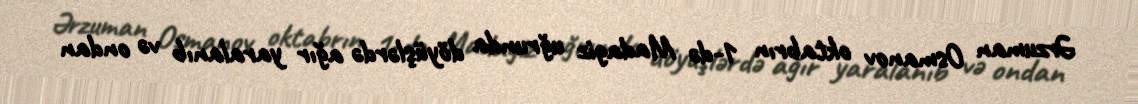
Ərzuman Osmanov oktabrın 1-də Madagiz uğrunda döyüşlərdə ağır yaralanıb və ondan